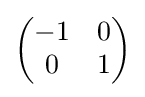
{\begin{pmatrix}-1&0\\0&1\end{pmatrix}}